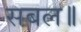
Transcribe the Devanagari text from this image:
सबल॥